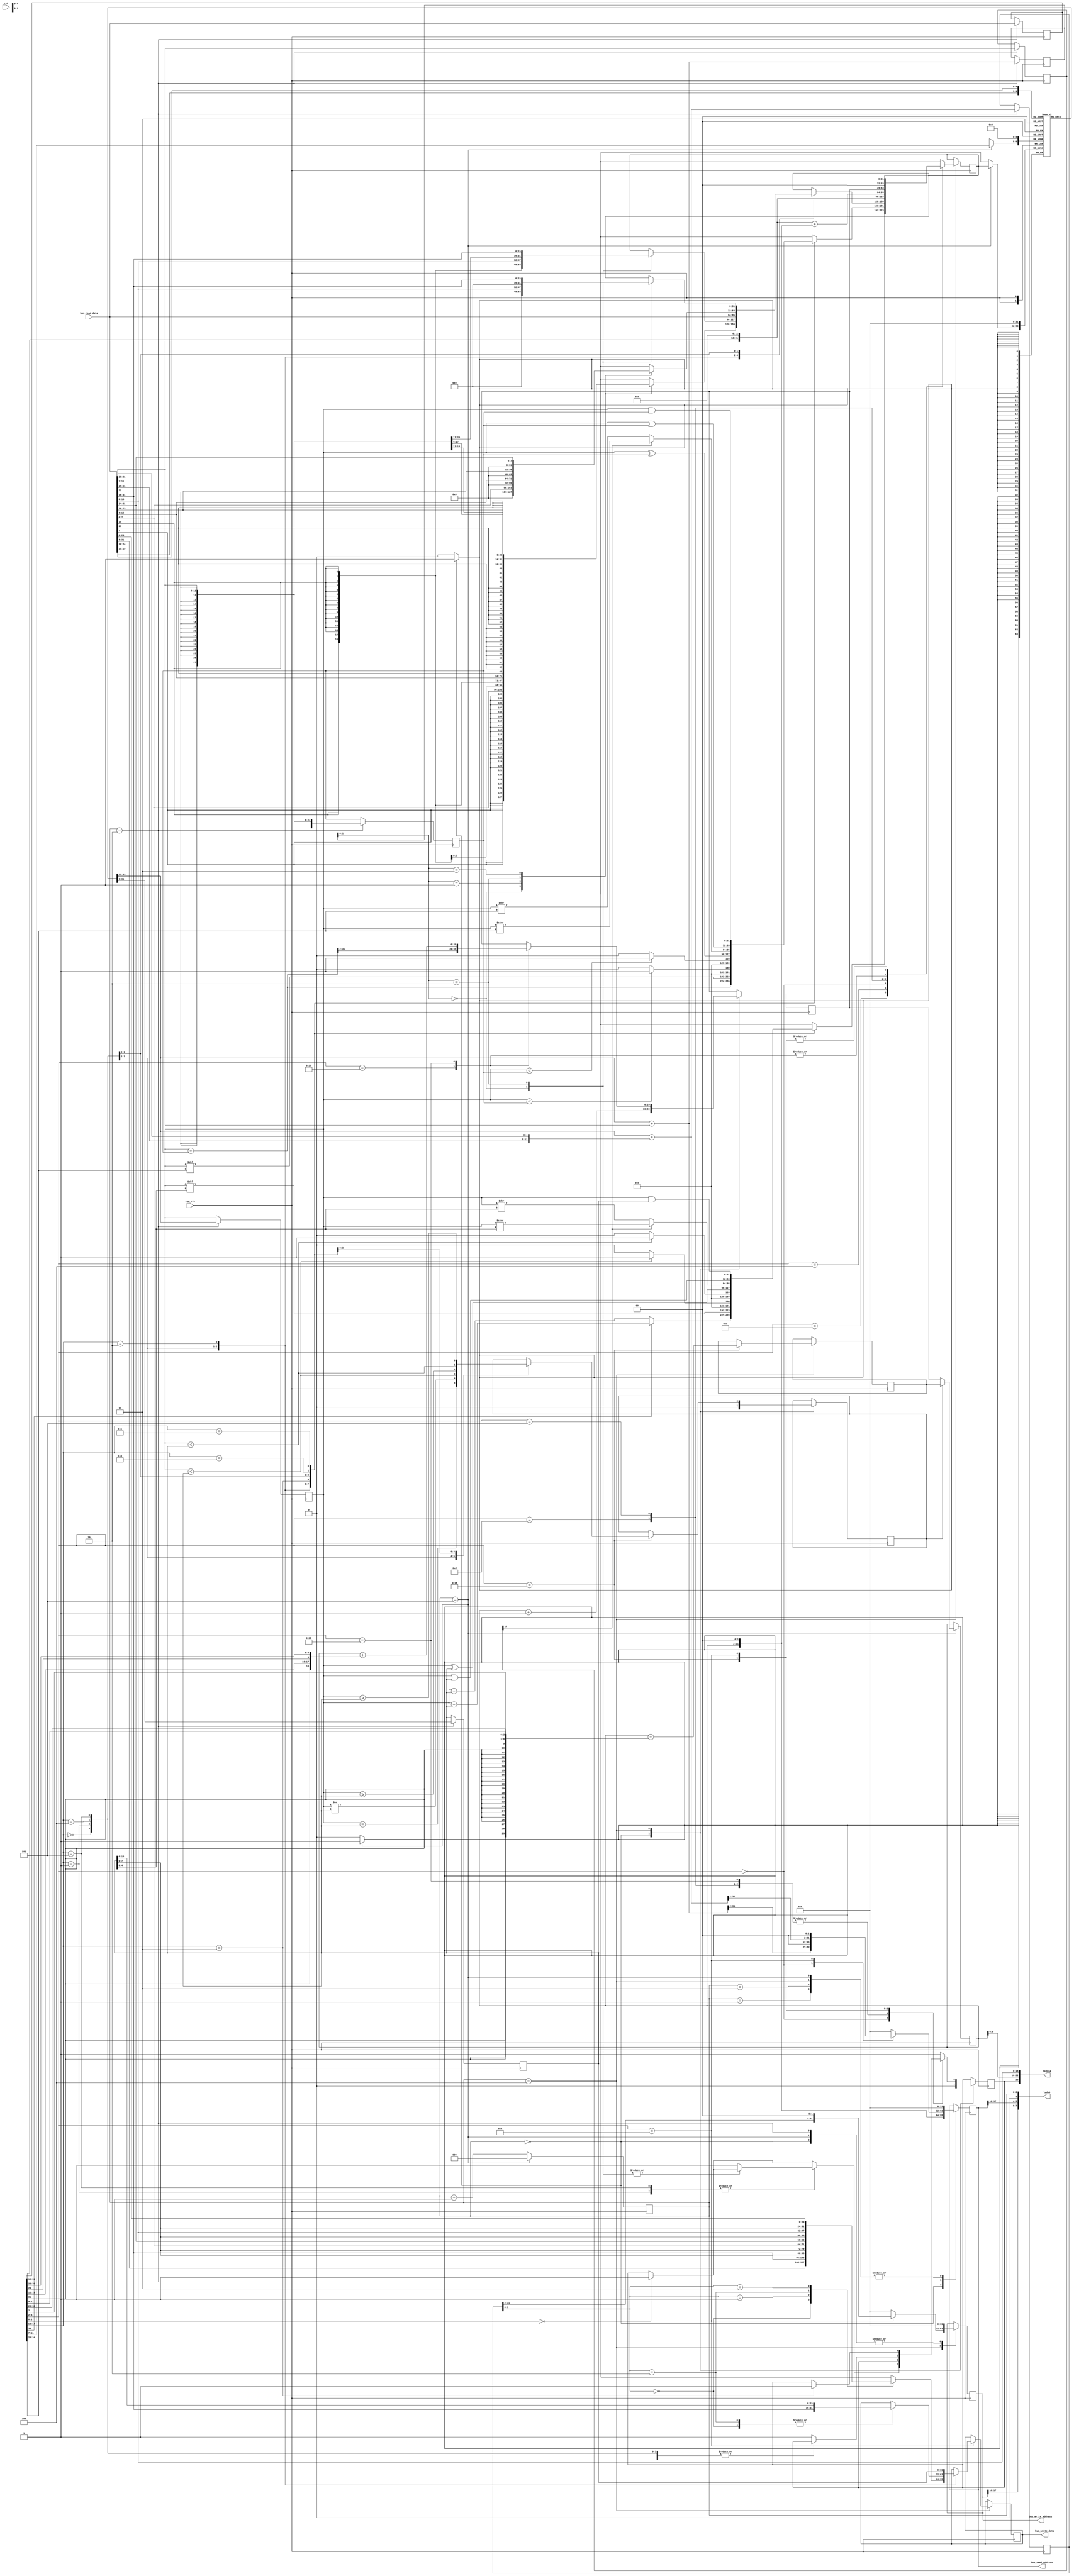
module riscv_core(
    input cpu_clk,
    input rst,
    input [31:0] bus_read_data,
    output reg [31:0] bus_read_address,
    output reg [31:0] bus_write_data,
    output reg [31:0] bus_write_address,
    output [7:0] leds8,
    output [23:0] leds24
  );

  // CPU internal state
  // reg [1:0] stage;  // 4-stage CPU
  reg [2:0] stage;  // 6?-stage CPU :(
  reg [31:0] instruction;  // The current instruction being executed
  reg [29:0] program_counter, jump_target, branch_target;  // Flow control
  reg branch_condition;  // If true, jump to branch_target
  reg exception;  // If true, the CPU didn't understand this instruction

  // TODO: moved to main_bus
  // reg [31:0] memory [0:1023];  // 4KB of RAM, all of it as L1 cache.
  reg [31:0] registers [0:31];  // x0 to x31 registers

  // Various interpretations of the instruction bits
  wire [6:0] opcode = instruction[6:0];
  wire [4:0] rd = instruction[11:7];  // Destination register
  // wire [4:0] rs1 = instruction[19:15];  // Argument 1
  // wire [4:0] rs2 = instruction[24:20];  // Argument 2
  reg [4:0] rs1, rs2;
  wire [6:0] funct7 = instruction[31:25];
  wire [2:0] funct3 = instruction[14:12];

  // Various immediate representations (constant numbers embedded into the instruction)
  // wire [11:0] imm12 = instruction[31:20];
  reg [11:0] imm12;
  wire signed [11:0] imm12_b = {
    instruction[31], instruction[7], instruction[30:25], instruction[11:8]
  };
  wire signed [31:1] imm12_b_extended = imm12_b;
  // TODO: Check operations on non :0 wires
  wire [31:12] imm20_u = instruction[31:12];
  wire signed [21:2] imm20_j = {
    instruction[31], instruction[19:12], instruction[20], instruction[30:21]
  };
  // wire signed [11:0] store_offset = {instruction[31:25], instruction[11:7]};
  // wire signed [11:0] load_offset = instruction[31:20];
  wire [4:0] shift_amount = instruction[24:20];
  reg signed [11:0] store_offset;
  reg signed [11:0] load_offset;

  // Values of current registers being operated upon
  reg signed [31:0] rs1_value, rs2_value, rd_value;
  wire [31:0] rs1_value_unsigned = rs1_value;
  wire [31:0] rs2_value_unsigned = rs2_value;

  // Immediates sign-extended to 32-bits
  reg signed [31:0] imm12_value, store_word, load_word;
  reg [31:0] store_location, load_location;
  wire [31:0] imm12_value_unsigned = imm12_value;

  // Register+offset, used for both addi and as a jump target
  wire [31:0] rs1_plus_imm12 = rs1_value + imm12_value;

  // assign leds24 = {exception, program_counter[6:0], bus_write_data[15:0]};
  assign leds24 = {exception, program_counter[6:0], bus_read_data[15:0]};
  assign leds8 = {bus_write_address[17:16], bus_read_address[17:16], 1'b0, stage[2:0]};

  initial begin
    // The main bus serves memory contents starting with this address
    program_counter <= 32'h10000 >> 2;
    stage <= 0;
  end

  always @(posedge cpu_clk) begin
    $display("Stage %0d: instruction: %0b", stage, instruction);

    stage <= stage + 1;

    case (stage)
      // Stage 0 - reset state and read next instruction
      0: begin
        bus_read_address <= {program_counter, 2'b00};
        bus_write_address <= 0;
        registers[0] <= 32'b0;
        jump_target <= program_counter + 1;
        branch_condition <= 0;
        exception <= 0;
      end
      // Stage 0b - wait for instruction
      1: begin
        bus_read_address <= 0;
      end
      // Stage 1 - fetch registers and compute memory offsets
      2: begin
        instruction = bus_read_data;
        rs1 = instruction[19:15];
        rs2 = instruction[24:20];
        rs2_value <= registers[rs2];
        imm12 = instruction[31:20];
        imm12_value <= {{20{imm12[11]}}, imm12};
        rs1_value = registers[rs1];
        store_offset = {instruction[31:25], instruction[11:7]};
        load_offset = instruction[31:20];
        load_location = rs1_value + load_offset;
        store_location = rs1_value + store_offset;
        case (opcode[6:2])
          5'b00000: bus_read_address <= {load_location[31:2], 2'b00};
          5'b01000: bus_read_address <= {store_location[31:2], 2'b00};
          default: bus_read_address <= 0;
        endcase
        bus_write_address <= 0;
      end
      // Stage 1b - wait for memory read
      3: begin
        bus_read_address <= 0;
      end
      // Stage 2 - compute result of operation
      4: begin
        bus_read_address <= 0;
        if (opcode[6:2] == 5'b01000) begin
          bus_write_address <= {store_location[31:2], 2'b00};
        end else begin
          bus_write_address <= 0;
        end

        // Note: Opcode is 6:0, but 1:0 seems to always be 0b11
        case (opcode[6:2])
          // R-Format instructions (register operations)
          // Register/register arithmetic/logic operations
          5'b01100: begin
            case (funct3)
              0: if (!funct7[5]) begin
                rd_value <= rs1_value + rs2_value;  // add
              end else begin
                rd_value <= rs1_value - rs2_value;  // sub
              end
              1: rd_value <= rs1_value << rs2_value[4:0];  // sll
              2: rd_value <= (rs1_value < rs2_value) ? 1 : 0;  // slt
              3: rd_value <= (rs1_value_unsigned < rs2_value_unsigned) ? 1 : 0;  // sltu
              4: rd_value <= rs1_value ^ rs2_value;  // xor
              5: if (!imm12[10]) begin
                // srl (shift right logical)
                rd_value <= rs1_value >> rs2_value[4:0];
              end else begin
                // sra (shift right arithmetic)
                rd_value <= rs1_value >>> rs2_value[4:0];
              end
              6: rd_value <= rs1_value | rs2_value;  // or
              7: rd_value <= rs1_value & rs2_value;  // and
              default: begin
                rd_value <= {32{1'bx}};
                exception <= 1;
              end
            endcase
          end

          // I-Format instructions (immediate operations)
          // Register/immediate arithmetic/logic operations
          5'b00100: begin
            case (funct3)
              // TODO: SLLI, SRLI, SRAI
              0: rd_value <= rs1_plus_imm12;  // addi
              1: begin
                // slli (shift left logical immediate)
                rd_value <= rs1_value << shift_amount;
              end
              2: rd_value <= (rs1_value < imm12_value) ? 1 : 0;  // slti
              3: rd_value <= (rs1_value < imm12_value_unsigned) ? 1 : 0;  // sltiu
              4: rd_value <= rs1_value ^ imm12_value;  // xori
              5: if (!imm12[10]) begin
                // srli (shift right logical immediate)
                rd_value <= rs1_value >> shift_amount;
              end else begin
                // srai (shift right arithmetic immediate)
                rd_value <= rs1_value >>> shift_amount;
              end
              6: rd_value <= rs1_value | imm12_value;  // ori
              7: rd_value <= rs1_value & imm12_value;  // andi
              default: begin
                rd_value <= {32{1'bx}};
                exception <= 1;
              end
            endcase
          end
          // Unconditional jump to register + small immediate offset
          5'b11001: begin
            // TODO: check sizes
            jump_target <= rs1_plus_imm12[31:2];  // jalr
            rd_value <= {jump_target, 2'b00};
          end
          // Load value from RAM into register
          5'b00000: begin
            load_word = bus_read_data;

            if (opcode[1:0] == 0) begin
              exception <= 1;
            end

            case (funct3)
              // Load byte
              0: case (load_location[1:0])
                0: rd_value <= {{24{load_word[7]}}, load_word[7:0]};
                1: rd_value <= {{24{load_word[15]}}, load_word[15:8]};
                2: rd_value <= {{24{load_word[23]}}, load_word[23:16]};
                3: rd_value <= {{24{load_word[31]}}, load_word[31:24]};
              endcase
              // Load half-word
              1: case (load_location[1:0])
                0: rd_value <= {{16{load_word[15]}}, load_word[15:0]};
                2: rd_value <= {{16{load_word[31]}}, load_word[31:16]};
                default: exception <= 1;
              endcase
              // Load word
              2: rd_value <= load_word;
              // Load byte unsigned
              4: case (load_location[1:0])
                0: rd_value <= {24'b0, load_word[7:0]};
                1: rd_value <= {24'b0, load_word[15:8]};
                2: rd_value <= {24'b0, load_word[23:16]};
                3: rd_value <= {24'b0, load_word[31:24]};
              endcase
              // Load half-word unsigned
              5: case (load_location[1:0])
                0: rd_value <= {16'b0, load_word[15:0]};
                2: rd_value <= {16'b0, load_word[31:16]};
                default: exception <= 1;
              endcase
            endcase
          end

          // U-Format instructions (upper-immediate)
          // Load upper-immediate
          5'b01101: begin
            rd_value <= {imm20_u, {12{1'b0}}};  // lui
          end
          // Add upper-immediate to program counter
          5'b00101: begin
            rd_value <= {imm20_u, 12'b0} + {program_counter, 2'b0};  // auipc
          end

          // J-Format instructions (jumps)
          // Unconditional jump to large immediate offset
          5'b11011: begin
            // TODO: check sizes
            // TODO: check negative offset
            jump_target <= program_counter + imm20_j[21:3];  // jal
            rd_value <= {jump_target, 2'b00};
          end

          // B-Format instructions (branches)
          // Branch (jump) to small immediate offset on condition
          5'b11000: begin
            // TODO: Won't work for the 'c' (compact instructions) extension
            branch_target <= program_counter + imm12_b_extended[31:2];

            // TODO: Use last bit for negation
            case (funct3)
              0: branch_condition <= rs1_value == rs2_value;  // beq
              1: branch_condition <= rs1_value != rs2_value;  // bne
              4: branch_condition <= rs1_value < rs2_value;  // blt
              5: branch_condition <= rs1_value >= rs2_value;  // bge
              6: branch_condition <= rs1_value_unsigned < rs2_value_unsigned;  // bltu
              7: branch_condition <= rs1_value_unsigned >= rs2_value_unsigned;  // bgeu
              default: exception <= 1;
            endcase
          end

          // S-Format instructions (stores)
          // Store value from register into RAM
          5'b01000: begin
            load_word = bus_read_data;

            case (funct3)
              // Store byte
              0: begin
                case (store_location[1:0])
                  0: bus_write_data <= {load_word[31:8], rs2_value[7:0]};
                  1: bus_write_data <= {load_word[31:16], rs2_value[7:0], load_word[7:0]};
                  2: bus_write_data <= {load_word[31:24], rs2_value[7:0], load_word[15:0]};
                  3: bus_write_data <= {rs2_value[7:0], load_word[23:0]};
                endcase
              end
              // Store half-word
              1: begin
                case (store_location[1:0])
                  0: bus_write_data <= {load_word[31:16], rs2_value[15:0]};
                  2: bus_write_data <= {load_word[31:16], rs2_value[15:0]};
                endcase
              end
              // Store word
              2: begin
                bus_write_data <= rs2_value;
              end
              3: exception <= 1;
            endcase
          end
          // Unknown opcode
          default: begin
            rd_value <= {32{1'bx}};  // Set result to undefined, aka "don't care"
            exception <= 1;
          end
        endcase
      end
      // Stage 3 - store result of operation and program counter
      5: begin
        if (branch_condition) begin
          program_counter <= branch_target;
        end else begin
          program_counter <= jump_target;
        end
        registers[rd] <= rd_value;
        bus_read_address <= 0;
        bus_write_address <= 0;
        stage <= 0;
      end
    endcase
  end
endmodule